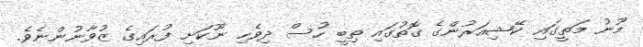
މޫނު މަތީގައި ކޭޝިއަރުންގެ ގޮތުގައި ތިބީ ހުސް ދިވެހި ނޫކަށި ފުރައިގެ ޒުވާނުންނެވެ.